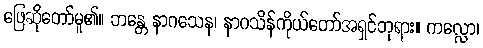
ဖြေဆိုတော်မူ၏။ ဘန္တေ နာဂသေန၊ နာဂသိန်ကိုယ်တော်အရှင်ဘုရား။ ကလ္လော၊